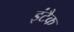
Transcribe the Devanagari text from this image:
इंटैक